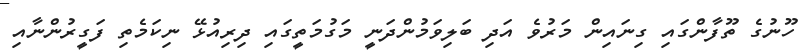
ހޫނުގެ ތޫފާންގައި ގިނައިން މަރުވެ އަދި ބަލިވަމުންދަނީ މަގުމަތީގައި ދިރިއުޅޭ ނިކަމެތި ފަގީރުންނާއި